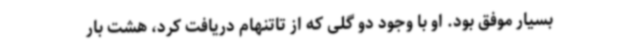
بسیار موفق بود. او با وجود دو گلی که از تاتنهام دریافت کرد، هشت بار